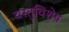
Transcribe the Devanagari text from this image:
वस्तुविशेष